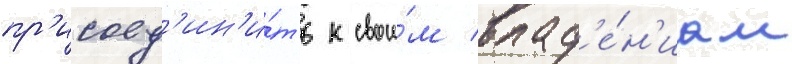
пр'исоед'ин'и́ть к свои́м влад'е́н'иам